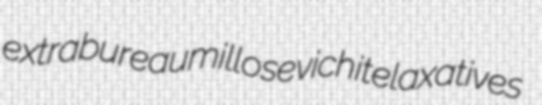
extrabureau millosevichite laxatives